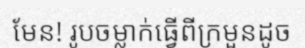
មែន! រូបចម្លាក់ធ្វើពីក្រមួនដូច